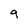
Character: 9